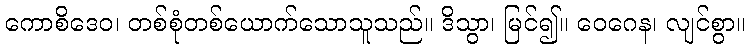
ကောစိဒေဝ၊ တစ်စုံတစ်ယောက်သောသူသည်။ ဒိသွာ၊ မြင်၍။ ဝေဂေန၊ လျင်စွာ။